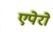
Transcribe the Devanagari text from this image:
एपेरो